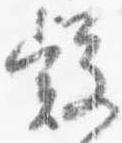
疑